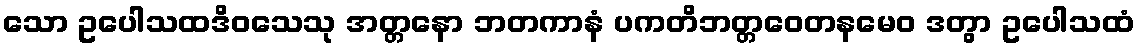
သော ဥပေါသထဒိဝသေသု အတ္တနော ဘတကာနံ ပကတိဘတ္တဝေတနမေဝ ဒတွာ ဥပေါသထံ